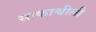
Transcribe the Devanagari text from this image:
साकाश्वीली